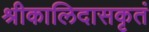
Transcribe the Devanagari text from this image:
श्रीकालिदासकृतं